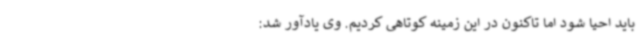
باید احیا شود اما تاکنون در این زمینه کوتاهی کردیم. وی یادآور شد: